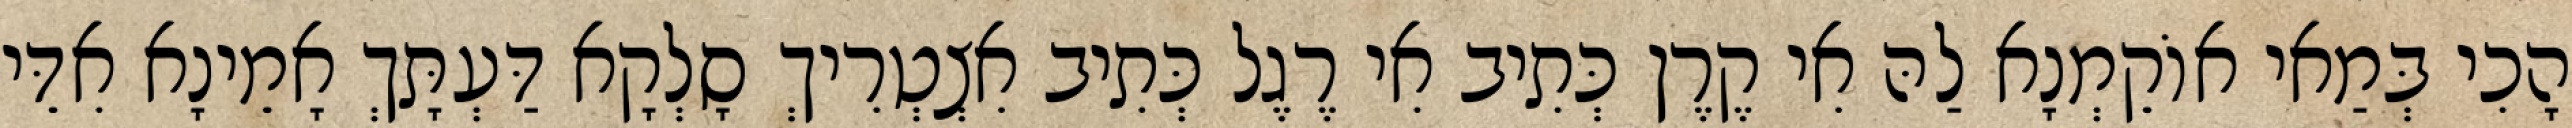
הָכִי בְּמַאי אוֹקֵמְנָא לַהּ אִי קֶרֶן כְּתִיב אִי רֶגֶל כְּתִיב אִצְטְרִיךְ סָלְקָא דַּעְתָּךְ אָמֵינָא אִדֵּי